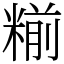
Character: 糋